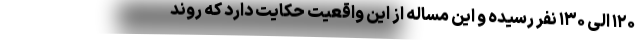
۱۲۰ الی ۱۳۰ نفر رسیده و این مساله از این واقعیت حکایت دارد که روند